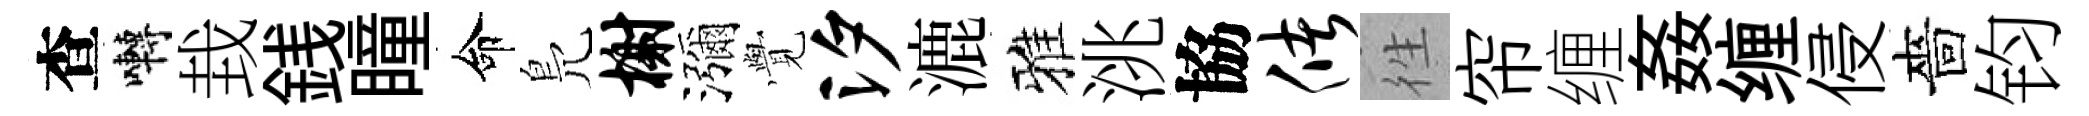
查囀㘽銭瞳命鳬榭瀰𮗜汐漉雅洮協储徃帘缠姦缠侵嗇钧